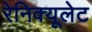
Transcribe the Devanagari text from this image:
रेनिक्यूलेट